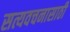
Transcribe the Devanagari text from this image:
सत्यवचनासाठी